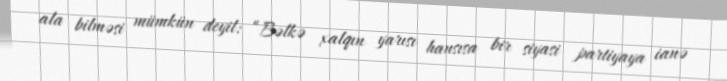
ala bilməsi mümkün deyil: “Bəlkə xalqın yarısı hansısa bir siyasi partiyaya ianə